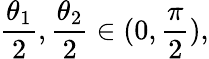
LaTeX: \frac{\theta_{1}}{2},\frac{\theta_{2}}{2}\in(0,\frac{\pi}{2}),